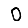
Digit: 0